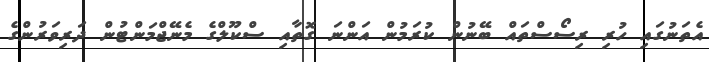
އެތަނުގައި ހުރި ރިސޯސްތައް ބޭނުން ކުރަމުން އަންނަ ގޮތާއި ސްކޫލްގެ މެނޭޖްމަންޓުން ދަރިވަރުންގެ